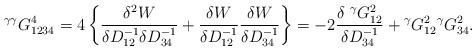
LaTeX: \begin{align*} {}^{\gamma\gamma}G^{4}_{1234}=4 \left\{ \frac{\delta^2 W}{\delta D^{-1}_{12} \delta D^{-1}_{34}} + \frac{\delta W}{\delta D^{-1}_{12}}\frac{\delta W}{\delta D^{-1}_{34}} \right\}=-2\frac{\delta \;{}^\gamma G^{2}_{12}}{\delta D^{-1}_{34}} +{}^\gamma G^{2}_{12} {}^\gamma G^{2}_{34} .\end{align*}